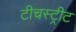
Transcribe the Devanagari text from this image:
टीचस्ट्रीट